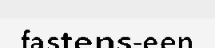
fastens-een